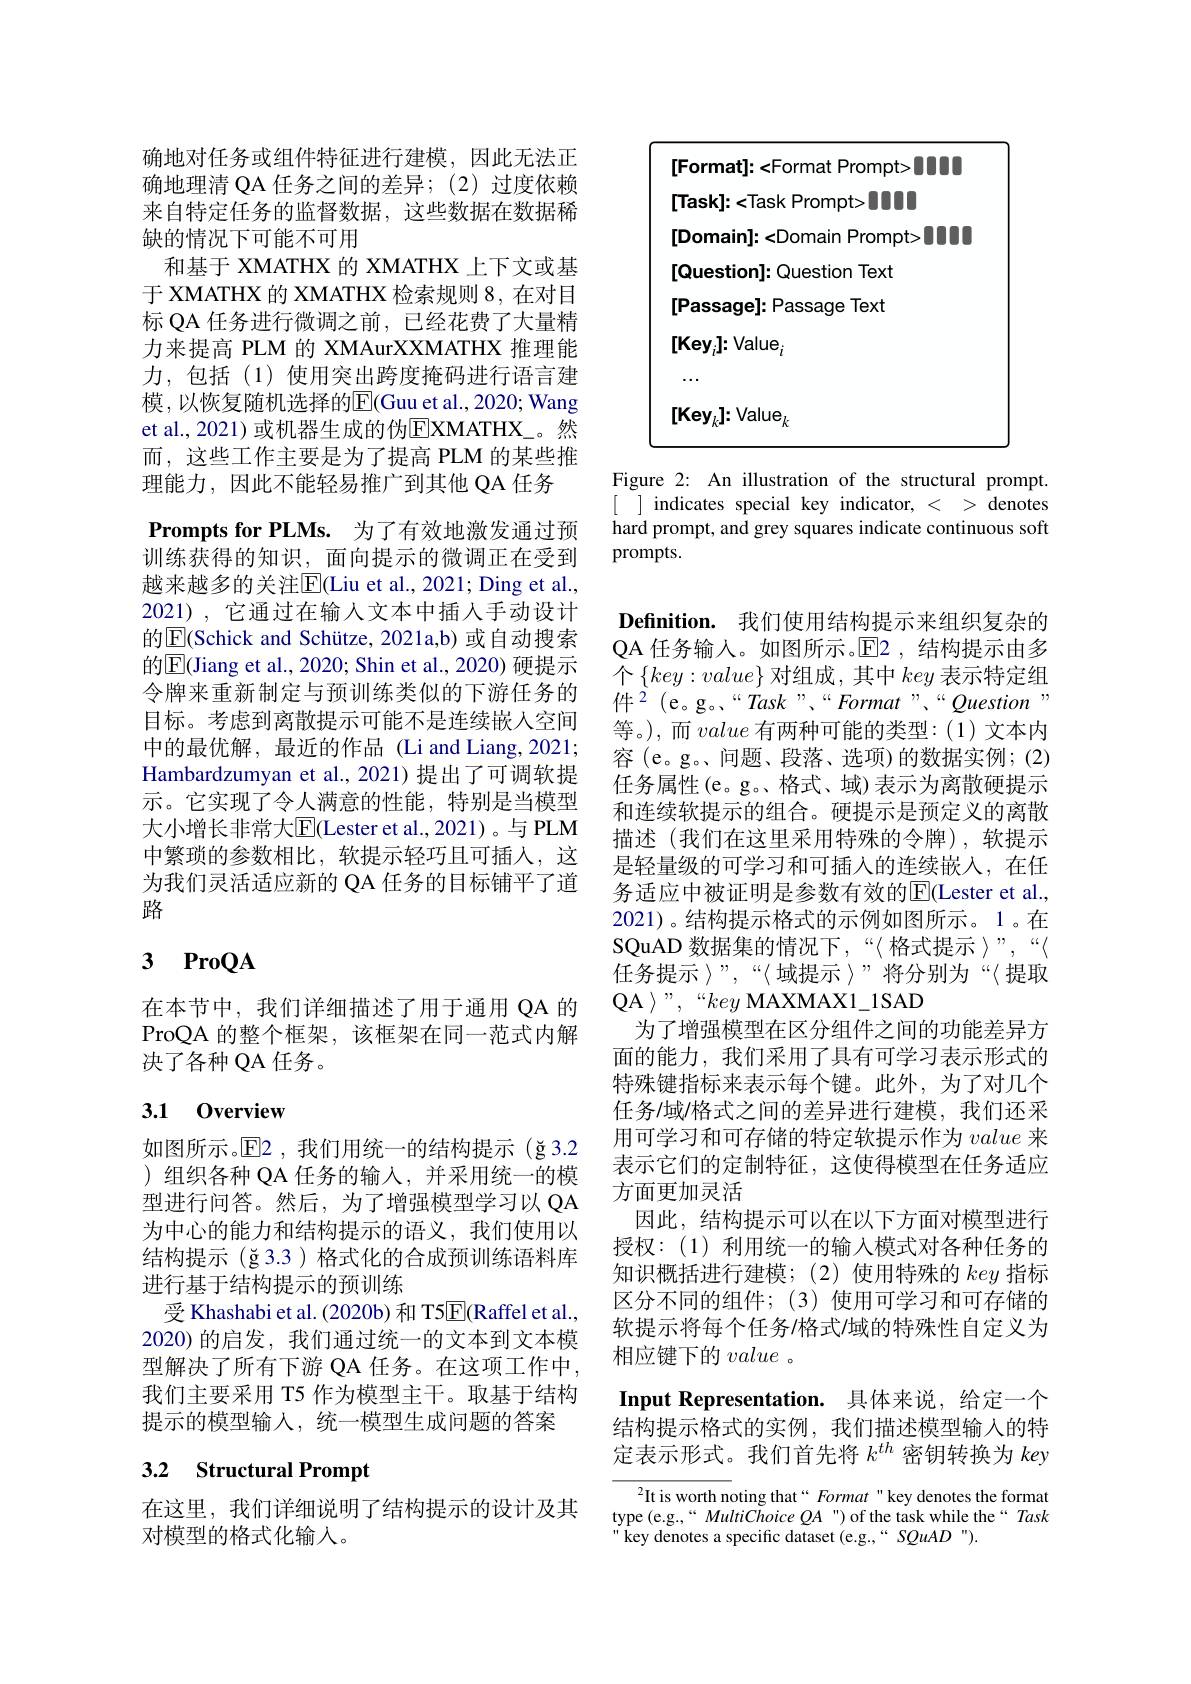
确地对任务或组件特征进行建模，因此无法正确地理清 QA 任务之间的差异；(2) 过度依赖来自特定任务的监督数据，这些数据在数据稀缺的情况下可能不可用
和基于 XMATHX 的 XMATHX 上下文或基于 XMATHX 的 XMATHX 检索规则 8, 在对目标 QA 任务进行微调之前，已经花费了大量精力来提高 PLM 的 XMAurXXMATHX 推理能力，包括(1)使用突出跨度掩码进行语言建模，以恢复随机选择的$\overline{\mathrm{E}}($Guu et al., 2020; Wang et al., 2021) 或机器生成的伪$\underline{\mathrm{E}}$XMATHX\_。然而，这些工作主要是为了提高 PLM 的某些推理能力，因此不能轻易推广到其他 QA 任务
Prompts for PLMs. 为了有效地激发通过预训练获得的知识，面向提示的微调正在受到越来越多的关注E|Liu et al., 2021; Ding et al., 2021),它通过在输入文本中插人手动设计的$\boxed{\mathrm{E}}$(Schick and Schütze, 2021a,b) 或自动搜索的$\overline{\mathrm{E}}($Jiang et al., 2020; Shin et al., 2020) 硬提示令牌来重新制定与预训练类似的下游任务的目标。考虑到离散提示可能不是连续嵌入空间中的最优解，最近的作品(Li and Liang,2021; Hambardzumyan et al.,2021)提出了可调软提示。它实现了令人满意的性能，特别是当模型大小增长非常大$\overline{\mathrm{E}}($Lester et al.,2021)。与 PLM 中繁琐的参数相比，软提示轻巧且可插人，这为我们灵活适应新的 QA 任务的目标铺平了道路

# 3 ProQA

在本节中，我们详细描述了用于通用 QA 的ProQA 的整个框架，该框架在同一范式内解决了各种 QA 任务。

## 3.1 0verview

如图所示。$\overline{\mathrm{E}}$2,我们用统一的结构提示(ğ3.2 )组织各种 QA 任务的输入，并采用统一的模型进行问答。然后，为了增强模型学习以 QA 为中心的能力和结构提示的语义，我们使用以结构提示(ğ3.3)格式化的合成预训练语料库进行基于结构提示的预训练
受 Khashabi et al. (2020b) 和 T5$\overline{\mathrm{E}}($Raffel et al., 2020)的启发，我们通过统一的文本到文本模型解决了所有下游 QA 任务。在这项工作中， 我们主要采用 T5 作为模型主干。取基于结构提示的模型输入，统一模型生成问题的答案

# 3.2 Structural Prompt

在这里，我们详细说明了结构提示的设计及其
对模型的格式化输入。

<table>
	<tbody>
		<tr>
			<td> </td>
			<td><Format Prompt> UUL</td>
			<td>1001</td>
		</tr>
		<tr>
			<td> </td>
			<td>1000 Task Prompt></td>
			<td> </td>
		</tr>
		<tr>
			<td> </td>
			<td>0000 :<Domain Prompt></td>
			<td>.000 </td>
		</tr>
		<tr>
			<td> </td>
			<td>Question Text 1]:</td>
			<td> </td>
		</tr>
		<tr>
			<td> </td>
			<td>1]: :Question Text</td>
			<td> </td>
		</tr>
		<tr>
			<td> </td>
			<td>$\mathbf{l}{:}$Passage Text</td>
			<td> </td>
		</tr>
		<tr>
			<td> </td>
			<td>$ilue_i$</td>
			<td> </td>
		</tr>
		<tr>
			<td> </td>
			<td>$\mathrm{alue}_k$</td>
			<td> </td>
		</tr>
	</tbody>
</table>

Figure 2: An illustration of the structural prompt. [ ] indicates special key indicator, < > denotes hard prompt, and grey squares indicate continuous soft prompts.

Definition. 我们使用结构提示来组织复杂的QA 任务输入。如图所示。$\operatorname{E}$2,结构提示由多个$\left\{key:value\right\}$对组成，其中key 表示特定组件$^{2}$(e。g。“Task”、“Format”、“Question” 等。),而value有两种可能的类型：(1)文本内容 (e。g。、问题、段落、选项)的数据实例；(2) 任务属性(e。g。格式、域)表示为离散硬提示和连续软提示的组合。硬提示是预定义的离散描述(我们在这里采用特殊的令牌),软提示是轻量级的可学习和可插入的连续嵌入，在任务适应中被证明是参数有效的$\overline{\mathrm{E}}($Lester et al., 2021)。结构提示格式的示例如图所示。1。在${\text{SQuAD 数据集的情况下，“〈格式提示〉”,“〈}}$ 任务提示 》”,“〈域提示〉”将分别为“〈提取QA $\rangle~”,~“key~$MAXMAX1\_1SAD
为了增强模型在区分组件之间的功能差异方面的能力，我们采用了具有可学习表示形式的特殊键指标来表示每个键。此外，为了对几个任务/域/格式之间的差异进行建模，我们还采用可学习和可存储的特定软提示作为value来表示它们的定制特征，这使得模型在任务适应方面更加灵活
因此，结构提示可以在以下方面对模型进行授权：(1)利用统一的输入模式对各种任务的知识概括进行建模；(2)使用特殊的key指标区分不同的组件；(3)使用可学习和可存储的软提示将每个任务/格式/域的特殊性自定义为相应键下的value 。
Input Representation. 具体来说，给定一个

结构提示格式的实例，我们描述模型输入的特定表示形式。我们首先将$k^{th}$密钥转换为 key

$^2$It is worth noting that“ Format" key denotes the format type (e.g.,“MultiChoice QA") of the task while the“Task key denotes a specific dataset (e.g.,“SQuAD”).